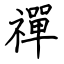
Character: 禪